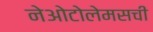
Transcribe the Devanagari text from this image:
नेओटोलेमसची